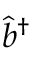
\widehat { b } ^ { \dagger }